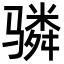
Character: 𬴊